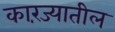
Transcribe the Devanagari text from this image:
कारंज्यातील